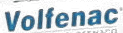
Volfenac